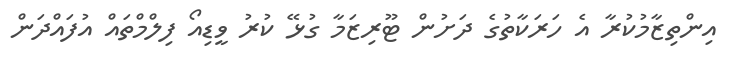
އިންތިޒާމުކުރާ އެ ހަރަކާތުގެ ދަށުން ޓޫރިޒަމާ ގުޅޭ ކުރު ވީޑިއޯ ފިލްމްތައް އުފައްދަން